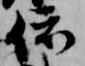
依